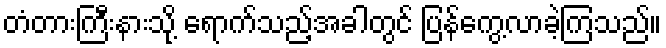
တံတားကြီးနားသို့ ရောက်သည့်အခါတွင် ပြန်ကွေ့လာခဲ့ကြသည်။